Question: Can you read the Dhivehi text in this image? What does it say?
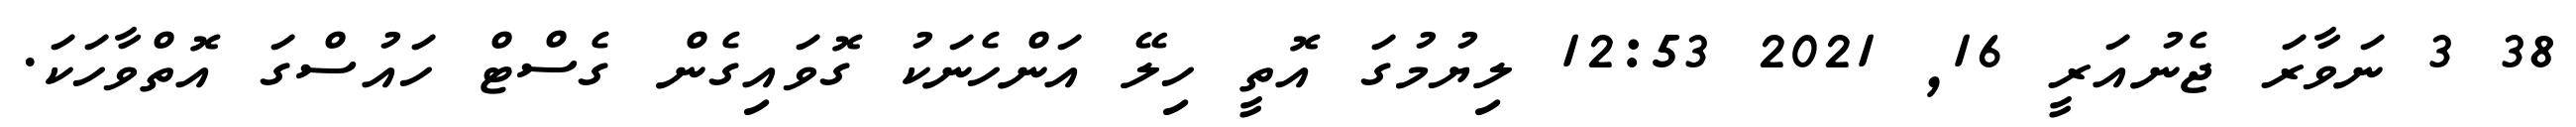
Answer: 38 3 ނަވާރަ ޖެނުއަރީ 16, 2021 12:53 ލިޔުމުގަ އޮތީ ހިލޭ އަންހެނަކު ގޮވައިގެން ގެސްޓް ހައުސްގަ އޮތްވާހަކަ.